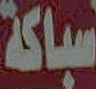
سباكة